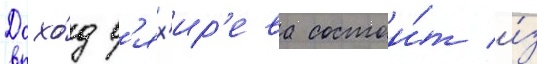
Дохо́д в'ях'ир'ева состои́т и́з